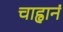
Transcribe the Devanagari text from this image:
चाह्वानं